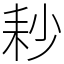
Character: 耖